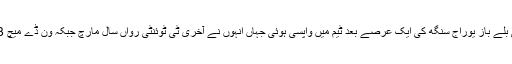
تجربہ کار ہندوستانی بلے باز یوراج سنگھ کی ایک عرصے بعد ٹیم میں واپسی ہوئی جہاں انہوں نے آخری ٹی ٹوئنٹی رواں سال مارچ جبکہ ون ڈے میچ 2013 میں کھیلا تھا۔